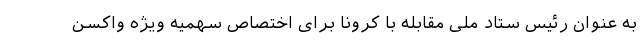
به عنوان رئیس ستاد ملی مقابله با کرونا برای اختصاص سهمیه ویژه واکسن